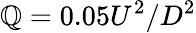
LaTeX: \mathbb{Q}=0.05U^{2}/D^{2}